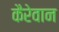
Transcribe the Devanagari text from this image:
कैरेवान